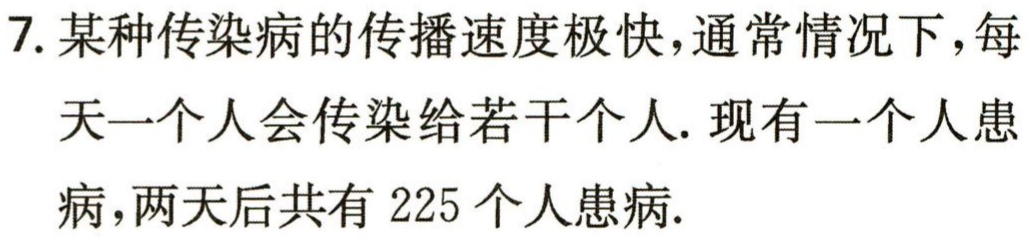
7. 某种传染病的传播速度极快，通常情况下，每天一个人会传染给若干个人. 现有一个人患病，两天后共有 225 个人患病.